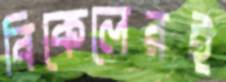
বিকেলেরই